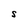
Character: S